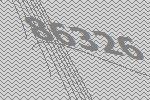
86326